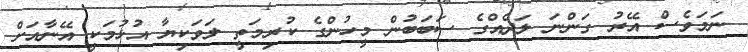
ނަމަވެސް އޭރު ގަންނަ ލަދެއްގެ ސަބަބުން މީހުންގެ ކުރިމަތީ ލަވަކިޔާ އުޅުމަކީ އޭނާއަށް